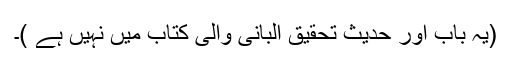
(یہ باب اور حدیث تحقیق البانی والی کتاب میں نہیں ہے )۔